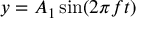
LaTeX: y = A _ { 1 } \sin ( 2 \pi f t )